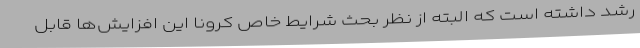
رشد داشته است که البته از نظر بحث شرایط خاص کرونا این افزایش‌ها قابل